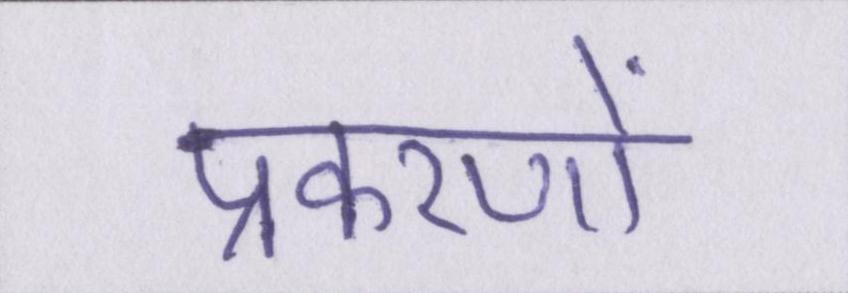
प्रकरणों